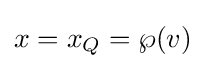
x=x_{Q}=\wp (v)